画像に写った文字を読んでください
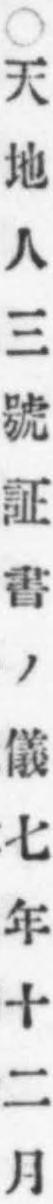
「○天地人三號証書ノ儀七年十二月」と書いてあります